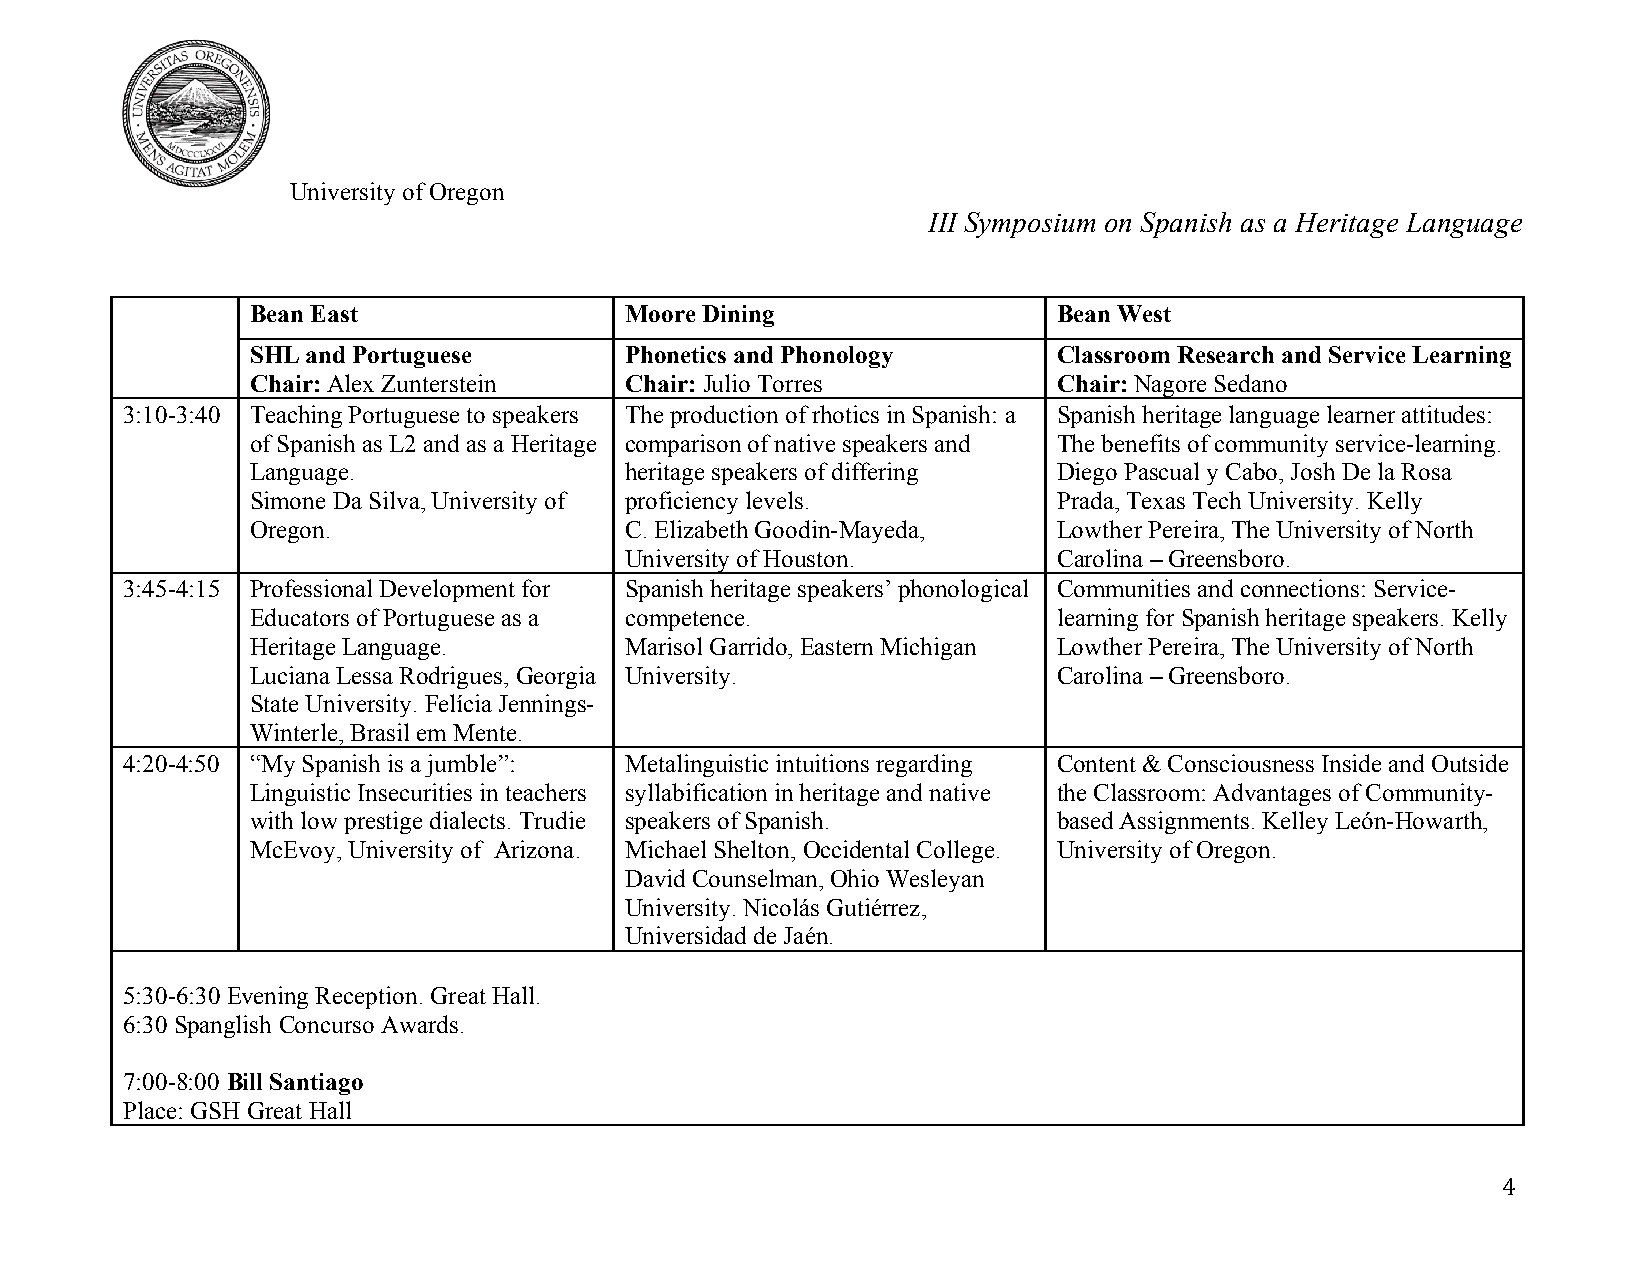
University of Oregon
 III Symposium on Spanish as a Heritage Language
 Bean East               Moore Dining                 Bean West
 SHL and Portuguese      Phonetics and Phonology      Classroom Research and Service Learning
 Chair: Alex Zunterstein Chair: Julio Torres          Chair: Nagore Sedano
 3:10-3:40 Teaching Portuguese to speakers The production of rhotics in Spanish: a Spanish heritage language learner attitudes:
 of Spanish as L2 and as a Heritage comparison of native speakers and The benefits of community service-learning.
 Language.               heritage speakers of differing Diego Pascual y Cabo, Josh De la Rosa
 Simone Da Silva, University of proficiency levels.   Prada, Texas Tech University. Kelly
 Oregon.                 C. Elizabeth Goodin-Mayeda,  Lowther Pereira, The University of North
 University of Houston.       Carolina – Greensboro.
 3:45-4:15 Professional Development for Spanish heritage speakers’ phonological Communities and connections: Service-
 Educators of Portuguese as a competence.             learning for Spanish heritage speakers. Kelly
 Heritage Language.      Marisol Garrido, Eastern Michigan Lowther Pereira, The University of North
 Luciana Lessa Rodrigues, Georgia University.         Carolina – Greensboro.
 State University. Felícia Jennings-
 Winterle, Brasil em Mente.
 4:20-4:50 “My Spanish is a jumble”: Metalinguistic intuitions regarding Content & Consciousness Inside and Outside
 Linguistic Insecurities in teachers syllabification in heritage and native the Classroom: Advantages of Community-
 with low prestige dialects. Trudie speakers of Spanish. based Assignments. Kelley León-Howarth,
 McEvoy, University of Arizona. Michael Shelton, Occidental College. University of Oregon.
 David Counselman, Ohio Wesleyan
 University. Nicolás Gutiérrez,
 Universidad de Jaén.
 5:30-6:30 Evening Reception. Great Hall.
 6:30 Spanglish Concurso Awards.
 7:00-8:00 Bill Santiago
 Place: GSH Great Hall
 4